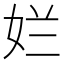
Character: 𮰾